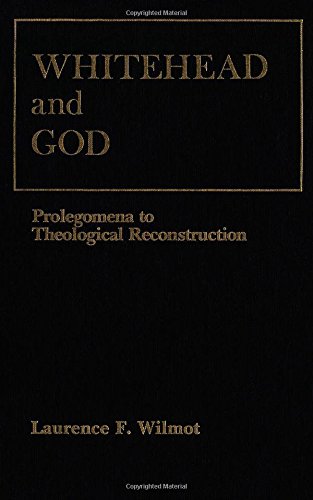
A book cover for Whitehead and God: Prolegomena to Theological Reconstruction; Laurence Wilmot; Christian Books & Bibles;